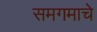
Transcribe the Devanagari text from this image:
समगमाचे